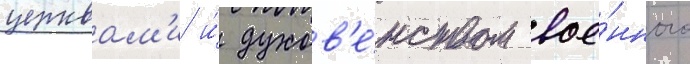
церквам'и и́ духов'е́нством вое́нного